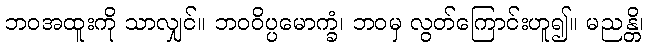
ဘဝအထူးကို သာလျှင်။ ဘဝဝိပ္ပမောက္ခံ၊ ဘဝမှ လွတ်ကြောင်းဟူ၍။ မညန္တိ၊